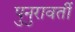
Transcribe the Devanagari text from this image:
पुनुरावर्ती